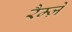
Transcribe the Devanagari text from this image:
रैम्ज़े